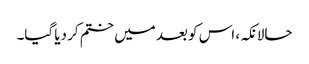
حالانکہ، اس کو بعد میں ختم کر دیا گیا۔